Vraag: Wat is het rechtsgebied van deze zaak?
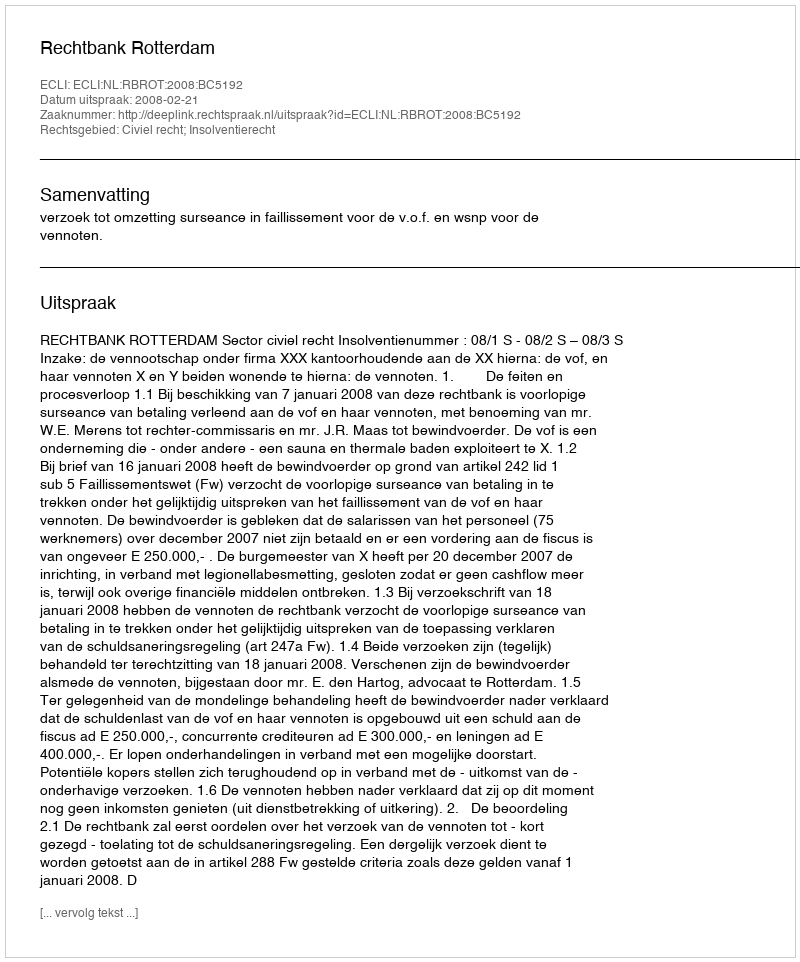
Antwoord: Civiel recht; Insolventierecht